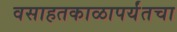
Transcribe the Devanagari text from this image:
वसाहतकाळापर्यंतचा